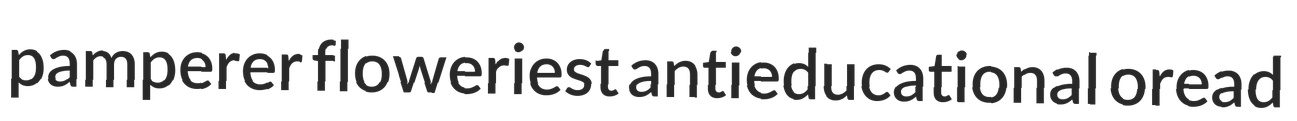
pamperer floweriest antieducational oread